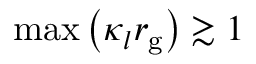
\mathrm { m a x } \left( \kappa _ { l } r _ { \mathrm { g } } \right) \gtrsim 1